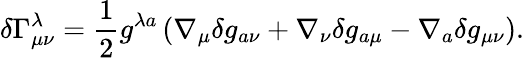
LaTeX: \delta\Gamma_{\mu\nu}^{\lambda}={\frac{1}{2}}g^{\lambda a}\left(\nabla_{\mu}\delta g_{a\nu}+\nabla_{\nu}\delta g_{a\mu}-\nabla_{a}\delta g_{\mu\nu}\right).